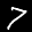
Label: 7